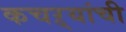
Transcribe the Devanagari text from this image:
कचऱ्यांची